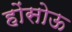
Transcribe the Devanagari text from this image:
होंसोऊ